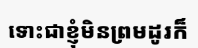
ទោះជាខ្ញុំមិនព្រមដូរក៏